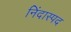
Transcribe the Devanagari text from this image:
निंदास्पद